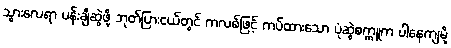
သွားလေရာ ပန်းချီဆွဲဖို့ ဘုတ်ပြားငယ်တွင် ကလစ်ဖြင့် ကပ်ထားသော ပုံဆွဲစက္ကူက ပါနေကျမို့